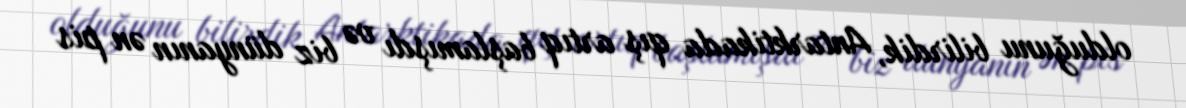
olduğunu bilirdik, Antarktikada qış artıq başlamışdı və biz dünyanın ən pis